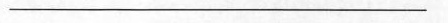
___